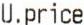
U.PRICE